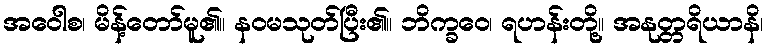
အဝေါစ၊ မိန့်တော်မူ၏။ နဝမသုတ်ပြီး၏။ ဘိက္ခဝေ၊ ရဟန်းတို့။ အနုတ္တရိယာနိ၊